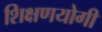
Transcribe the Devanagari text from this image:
शिक्षणयोगी